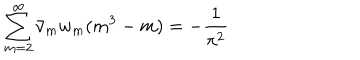
\sum _ { m = 2 } ^ { \infty } \bar { v } _ { m } w _ { m } ( m ^ { 3 } - m ) = - \frac { 1 } { \pi ^ { 2 } }